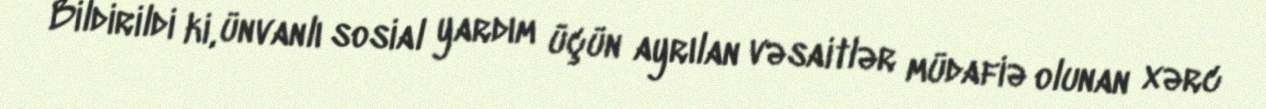
Bildirildi ki, ünvanlı sosial yardım üçün ayrılan vəsaitlər müdafiə olunan xərc